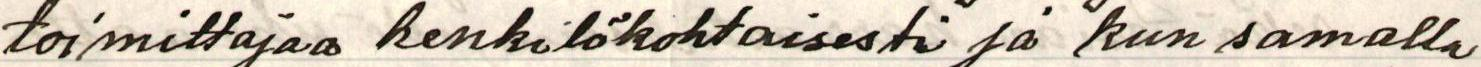
toimittajaa henkilökohtaisesti ja kun samalla